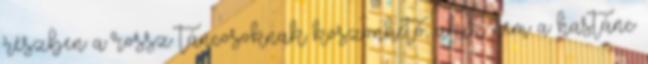
részben a rossz táncosoknak köszönhető, akik nem a hastánc